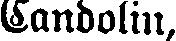
Candolin,